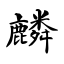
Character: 麟